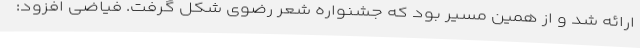
ارائه شد و از همین مسیر بود که جشنواره شعر رضوی شکل گرفت. فیاضی افزود: